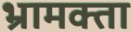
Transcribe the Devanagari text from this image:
भ्रामक्ता